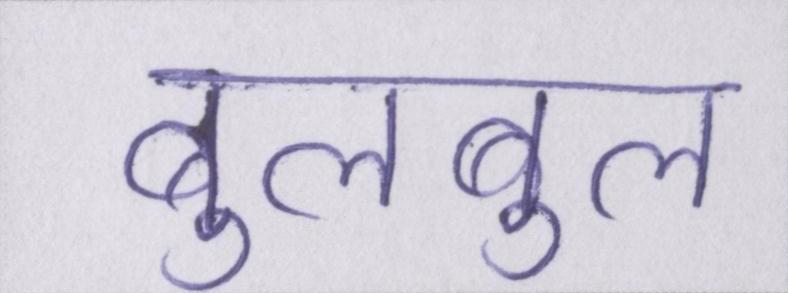
बुलबुल